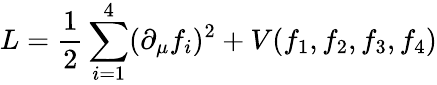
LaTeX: L={\frac{1}{2}}\sum_{i=1}^{4}(\partial_{\mu}f_{i})^{2}+V(f_{1},f_{2},f_{3},f_{4})